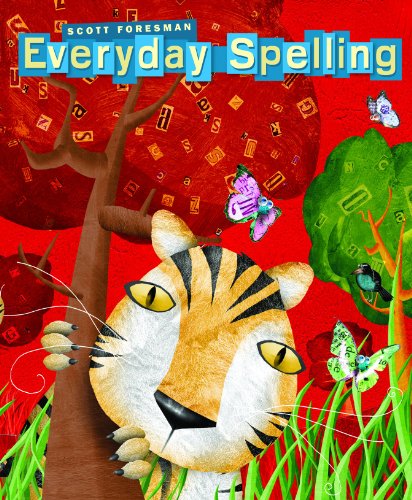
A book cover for SPELLING 2008 STUDENT EDITION CONSUMABLE GRADE 1; Scott Foresman; Reference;